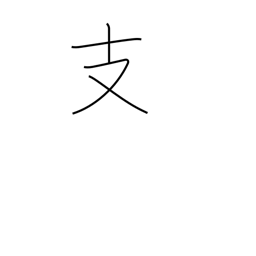
Meaning: branch radical (no. 65)